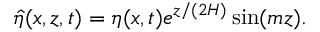
\hat { \eta } ( x , z , t ) = \eta ( x , t ) e ^ { z / ( 2 H ) } \sin ( m z ) .